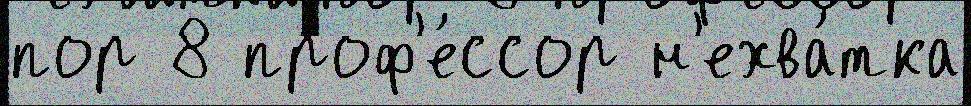
пор 8 проф'е́ссор н'ехва́тка